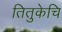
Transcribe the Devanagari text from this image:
तितुकेचि